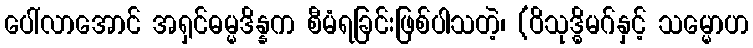
ပေါ်လာအောင် အရှင်ဓမ္မဒိန္နက စီမံရခြင်းဖြစ်ပါသတဲ့၊ (ဝိသုဒ္ဓိမဂ်နှင့် သမ္မောဟ